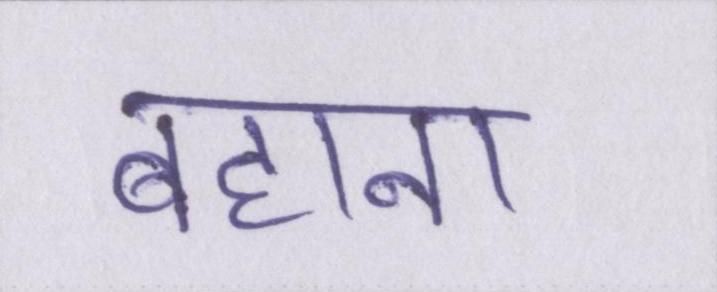
बहाना